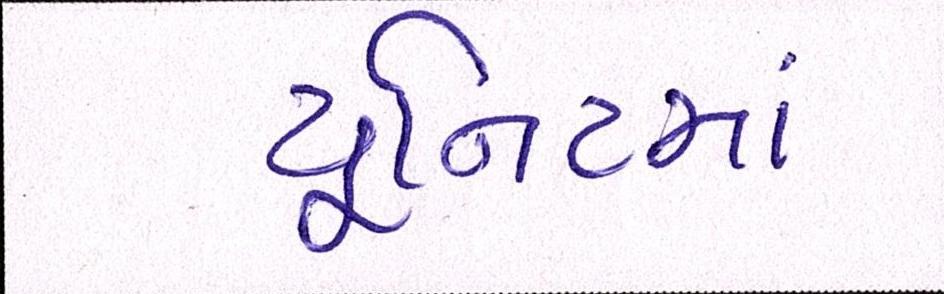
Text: યૂનિટમાં